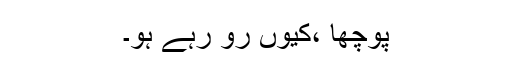
پوچھا ،کیوں رو رہے ہو۔